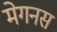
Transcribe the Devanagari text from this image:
मेगनस